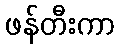
ဖန်တီးကာ